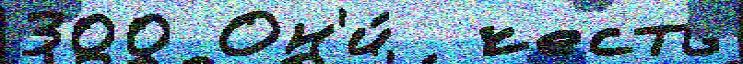
300 Он'и́  честь